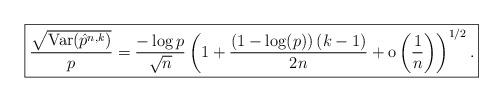
LaTeX: \begin{align*}\boxed{\frac{\sqrt{\mathrm{Var}(\hat{p}^{n,k})}}{p}=\frac{-\log p}{\sqrt{n}}\left(1+\frac{\left(1 -\log (p)\right)(k-1)}{2n}+{\rm o}\left(\frac{1}{n}\right)\right)^{1/2}.}\end{align*}